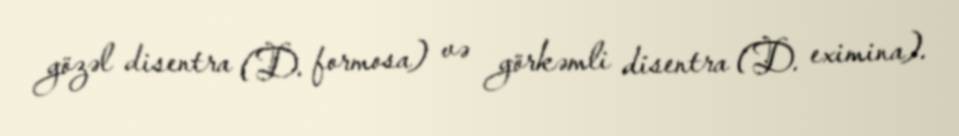
gözəl disentra (D. formosa) və görkəmli disentra (D. eximina).